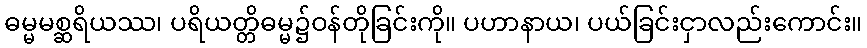
ဓမ္မမစ္ဆရိယဿ၊ ပရိယတ္တိဓမ္မ၌ဝန်တိုခြင်းကို။ ပဟာနာယ၊ ပယ်ခြင်းငှာလည်းကောင်း။